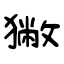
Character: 獙